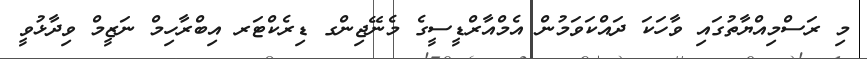
މި ރަސްމިއްޔާތުގައި ވާހަކަ ދައްކަވަމުން އެމްއާރްޑީސީގެ މެނޭޖިންގ ޑިރެކްޓަރ އިބްރާހިމް ނަޒީމް ވިދާޅުވީ